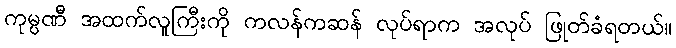
ကုမ္ပဏီ အထက်လူကြီးကို ကလန်ကဆန် လုပ်ရာက အလုပ် ဖြုတ်ခံရတယ်။